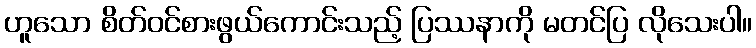
ဟူသော စိတ်ဝင်စားဖွယ်ကောင်းသည့် ပြဿနာကို မတင်ပြ လိုသေးပါ။